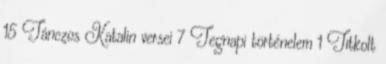
15 Tánczos Katalin versei 7 Tegnapi történelem 1 Titkolt